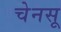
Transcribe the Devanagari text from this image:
चेनसू